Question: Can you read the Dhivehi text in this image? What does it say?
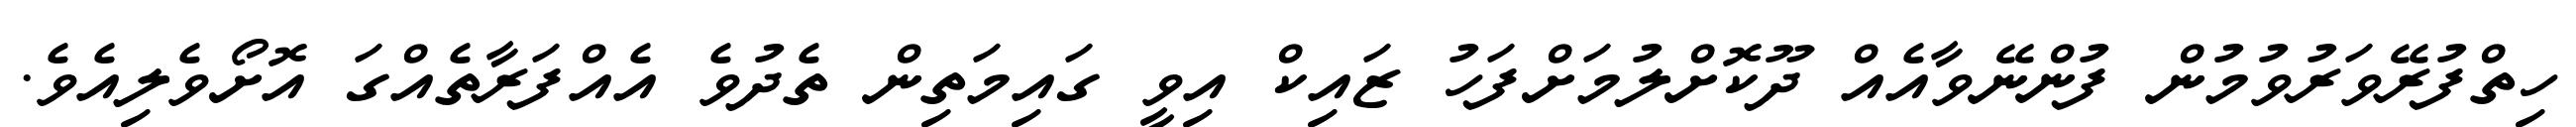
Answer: ހިތްފުރޭވަރުވުމުން ފުންނޭވާއެއް ދޫކޮށްލުމަށްފަހު ޒައިކް އިވީ ގައިމަތިން ތެދުވެ އެއްފަރާތެއްގަ އޮށޯވެލިއެވެ.